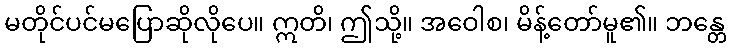
မတိုင်ပင်မပြောဆိုလိုပေ။ ဣတိ၊ ဤသို့။ အဝေါစ၊ မိန့်တော်မူ၏။ ဘန္တေ